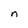
Character: n